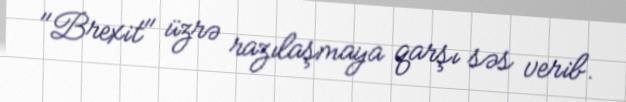
"Brexit" üzrə razılaşmaya qarşı səs verib.